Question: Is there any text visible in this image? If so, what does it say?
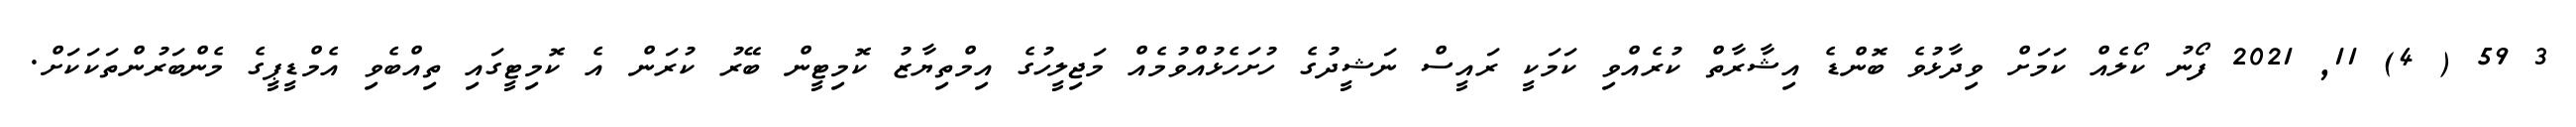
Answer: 3 59 ( 4) 11, 2021 ފޯނު ކޯލެއް ކަމަށް ވިދާޅުވެ ބޮންޑެ އިޝާރާތް ކުރެއްވި ކަމަކީ ރައީސް ނަޝީދުގެ ހުށަހެޅުއްވުމެއް މަޖިލީހުގެ އިމްތިޔާޒު ކޮމިޓީން ބޭރު ކުރަން އެ ކޮމިޓީގައި ތިއްބެވި އެމްޑީޕީގެ މެންބަރުންތަކަކަށް.